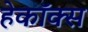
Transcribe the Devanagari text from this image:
हेकॉक्स